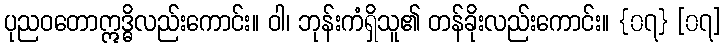
ပုညဝတောဣဒ္ဓိလည်းကောင်း။ ဝါ၊ ဘုန်းကံရှိသူ၏ တန်ခိုးလည်းကောင်း။ {၀၇} [၀၇]